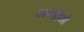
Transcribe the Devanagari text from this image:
आरडीओ